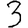
Digit: 3